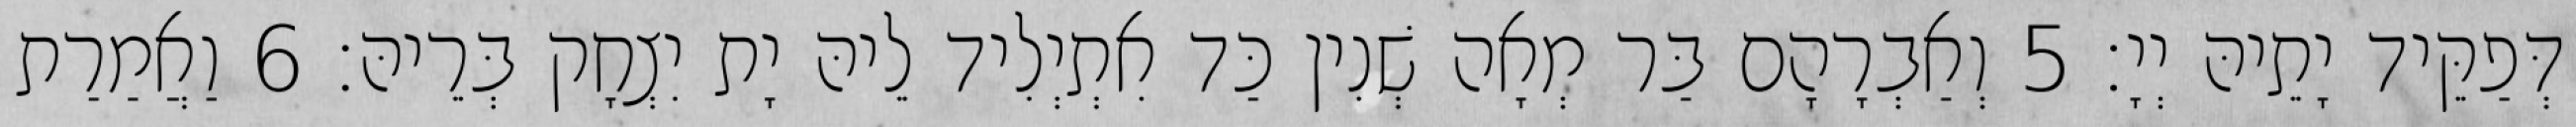
דְּפַקֵּיד יָתֵיהּ יְיָ׃ 5 וְאַבְרָהָם בַּר מְאָה שְׁנִין כַּד אִתְיְלִיד לֵיהּ יָת יִצְחָק בְּרֵיהּ׃ 6 וַאֲמַרַת